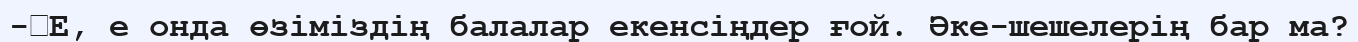
-	Е, е онда өзіміздің балалар екенсіңдер ғой. Әке-шешелерің бар ма?